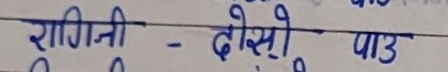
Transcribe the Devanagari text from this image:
रागिनी - दोसे० पाउ